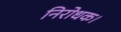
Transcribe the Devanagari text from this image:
निरोधक।